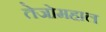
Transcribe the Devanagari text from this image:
तेजोमहाल